Medical and sanitary report of the native army of Madras for the year
Year: 1878
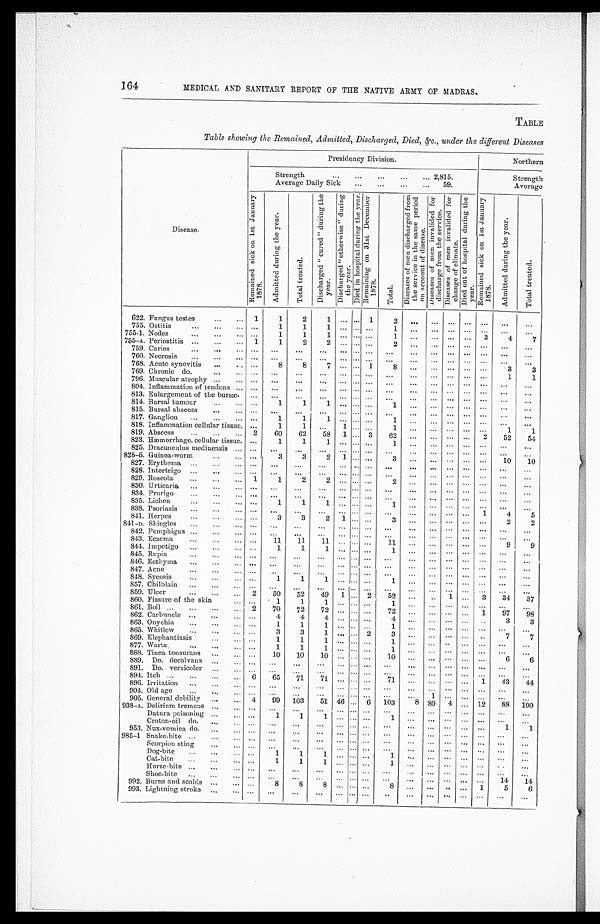
MEDICAL AND SANITARY REPORT OF THE NATIVE ARMY OF MADRAS.
TABLE
Table showing the Remained, Admitted, Discharged, Died, &c., under the different Diseases
Disease.
Presidency Division.
Northern
Strength . . .
2,815.
Strength
Average Daily Sick . . .
59.
Average
R e m a i n e d s i c k o n 1 s t J a n u a r y 1 8 7 8 .
A d m i t t e d d u r i n g t h e y e a r .
T o t a l t r e a t e d .
D i s c h a r g e d " c u r e d " d u r i n g t h e y e a r .
D i s c h a r g e d " o t h e r w i s e " d u r i n g t h e y e a r . D i e d i n h o s p i t a l d u r i n g t h e y e a r . R e m a i n i n g o n 3 1 s t D e c e m b e r 1 8 7 8 .
T o t a l .
D i s e a s e s o f m e n d i s c h a r g e d f r o m t h e s e r v i c e i n t h e s a m e p e r i o d o n a c c o u n t o f d i s e a s e .
D i s e a s e s o f m e n i n v a l i d e d f o r d i s c h a r g e f r o m t h e s e r v i c e .
D i s e a s e s o f m e n i n v a l i d e d f o r c h a n g e o f c l i m a t e .
D i e d o u t o f h o s p i t a l d u r i n g t h e y e a r .
R e m a i n i n g s i c k o n 1 s t J a n u a r y 1 8 7 8 .
A d m i t t e d d u r i n g t h e y e a r .
T o t a l t r e a t e d .
622. Fungus testes . . .
1
1
2
1
. . . . . . 1
2
. . . . . . . . .
. . .
. . .
. . .
. . .
755. Ostitis . . .
. . .
1
1
1
. . . . . .. . .
1
. . .
. . .
. . .
. . .
. . .
. . .
. . .
755-1. Nodes . . .
. . .
1
1 1
. . . . . .. . .
1
. . . . . .
. . .
. . . 3
4
7
755-A. Periostitis . . .
1
1
2
2
. . . . . .. . .
2
. . .
. . .
. . .
. . .
. . .
. . .
. . .
759. Caries . . .
. . .
. . .
. . .
. . .
. . . . . . . . .
. . .
. . .
. . .
. . .
. . .
. . .
. . .
. . .
760. Necrosis . . .
. . . . . .
. . .
. . .
. . . . . . . . .
. . .
. . . . . .
. . .
. . . . . .
. . .
. . .
768. Acute synovitis . . .
. . .
8
8
7
. . . . . . 1
8
. . . . . .
. . .
. . .
. . .
3
3
769. Chronic do. . . .
. . .
. . .
. . .
. . .
. . . . . . . . .
. . .
. . .
. . .
. . .
. . .
. . .
1
1
796. Muscular atrophy . . .
. . .
. . .
. . .
. . .
. . . . . . . . .
. . .
. . .
. . .
. . .
. . .
. . .
. . .
. . .
804. Inflammation of tendons . . .
. . .
. . .
. . .
. . .
. . .
. . .. . .
. . .
. . .
. . .
. . .
. . .
. . .
. . .
. . .
813. Enlargement of the bursæ.
. . .
. . .
. . .
. . .
. . . . . . . . .
. . .
. . .
. . .
. . .
. . .
. . .
. . .
. . .
814. Bursal tumour . . .
. . .
1
1
1
. . . . . .. . .
1
. . . . . .
. . .
. . .
. . .
. . .
. . .
815. Bursal abscess . . .
. . .
. . .
. . .
. . .
. . . . . . . . .
. . .
. . .
. . .
. . .
. . .
. . .
. . .
. . .
817. Ganglion . . .
. . .
1
1
1
. . . . . .. . .
1
. . . . . .
. . .
. . . . . .
. . .
. . .
818. Inflammation cellular tissue.
. . .
1
1 . . .
1 . . .. . .
1
. . .
. . .
. . .
. . .
. . .
1
1
819. Abscess . . .
2
60
62
58
1 . . . 3
62
. . .
. . .
. . .
. . .
2
52
54
823. Hæmorrhage, cellular tissue.
. . .
1
1
1
. . . . . .. . .
1
. . .
. . .
. . .
. . .
. . .
. . .
. . .
825. Dracunculus medinensis . . .
. . .
. . .
. . .
. . .
. . . . . . . . .
. . .
. . .
. . .
. . .
. . .
. . .
. . .
. . .
826-5. Guinea-worm . . .
. . .
3
3
2
1 . . .. . .
3
. . .
. . .
. . .
. . . . . .
10
10
827. Erythema . . .
. . .
. . .
. . .
. . .
. . . . . .. . .
. . .
. . . . . .
. . .
. . . . . .
. . .
. . .
828. Intertrigo . . .
. . .
. . .
. . .
. . .
. . . . . . . . .
. . .
. . .
. . .
. . .
. . . . . .
. . .
. . .
829. Roseola . . .
1
1
2
2
. . . . . .. . .
2
. . . . . .
. . .
. . .
. . .
. . .
. . .
830. Urticaria . . .
. . .
. . .
. . .
. . .
. . . . . . . . .
. . .
. . . . . .
. . .
. . . . . .
. . .
. . .
834. Prurigo . . .
. . .
. . .
. . .
. . .
. . . . . . . . .
. . .
. . .
. . .
. . .
. . .
. . .
. . .
. . .
835. Lichen . . .
. . .
1
1
1
. . . . . . . . .
1
. . . . . .
. . .
. . . . . .
. . .
. . .
838. Psoriasis . . .
. . .
. . .
. . .
. . .
. . . . . . . . .
. . .
. . .
. . .
. . .
. . .
1
4
5
841. Herpes . . .
. . .
3
3
2
1 . . . . . .
3
. . . . . .
. . .
. . .
. . .
2
2
841-D. Shingles . . .
. . .
. . .
. . .
. . .
. . . . . .. . .
. . .
. . . . . .
. . .
. . . . . .
. . .
. . .
842. Pemphigus . . .
. . .
. . .
. . .
. . .
. . . . . .. . .
. . .
. . .
. . .
. . .
. . .
. . .
. . .
. . .
843. Eczema . . .
. . .
11
11
11
. . . . . . . . .
11
. . .
. . .
. . .
. . .
. . .
9
9
844. Impetigo . . .
. . .
1
1
1
. . . . . .. . .
1
. . .
. . .
. . .
. . .
. . .
. . .
. . .
845. Rupia . . .
. . .
. . .
. . .
. . .
. . . . . . . . .
. . .
. . .
. . .
. . .
. . .
. . .
. . .
. . .
846. Ecthyma . . .
. . . . . .
. . .
. . .
. . . . . . . . .
. . .
. . .
. . .
. . .
. . .
. . .
. . .
. . .
847. Acne . . .
. . .
. . .
. . .
. . .
. . . . . . . . .
. . .
. . .
. . .
. . .
. . .
. . .
. . .
. . .
848. Sycosis . . .
. . .
1
1
1
. . . . . . . . .
1
. . . . . .
. . .
. . . . . .
. . .
. . .
857. Chilblain . . .
. . .
. . .
. . .
. . .
. . . . . .. . .
. . .
. . .
. . .
. . .
. . .
. . .
. . .
. . .
859. Ulcer . . .
2
50
52
49
1 . . . 2
52
. . .
. . . 1
. . . 3
3 4
37
860. Fissure of the skin . . .
. . .
1
1
1
. . . . . . . . .
1
. . . . . .
. . .
. . .
. . .
. . .
. . .
861. Boil . . .
2
70
72 72
. . . . . . . . .
72
. . .
. . .
. . .
. . .
1
97
98
862. Carbuncle . . .
. . .
4
4 4
. . . . . . . . .
4
. . .
. . .
. . .
. . . . . .
3
3
863. Onychia . . .
. . .
1
1 1
. . . . . .. . .
1
. . . . . .
. . .
. . .
. . .
. . .
. . .
865. Whitlow . . .
. . .
3
3
1
. . . . . . 2
3
. . .
. . .
. . .
. . . . . .
7
7
869. Elephantiasis . . .
. . .
1
1 1
. . . . . .. . .
1
. . . . . .
. . .
. . . . . .
. . .
. . .
877. Warts . . .
. . .
1
1
1
. . . . . . . . .
1
. . .
. . .
. . .
. . .
. . .
. . .
. . .
888. Tinea tonsurans . . .
. . .
10
10
10
. . . . . . . . .
10
. . . . . .
. . .
. . . . . .
6
6
889. Do. decalvans . . .
. . .
. . .
. . .
. . .
. . . . . . . . .
. . .
. . .
. . .
. . .
. . . . . .
. . .
. . .
891. Do. versicolor . . .
. . .
. . .
. . .
. . .
. . . . . . . . .
. . .
. . . . . .
. . .
. . .
. . .
. . .
. . .
894. Itch . . .
6
65
71
71
. . . . . . . . .
71
. . .
. . .
. . .
. . .
1
4 3
4 4
896. Irritation . . .
. . .
. . .
. . .
. . .
. . . . . . . . .
. . .
. . . . . .
. . .
. . .
. . .
. . .
. . .
904. Old age . . .
. . .
. . .
. . .
. . .
. . . . . . . . .
. . .
. . . . . .
. . .
. . .
. . .
. . .
. . .
905. General debility . . .
4
99
103
51 46 . . . 6
103
8 80
4
. . . 12
88
1 0 0
938-A. Delirium tremens . . .
. . .
. . .
. . .
. . .
. . .
. . .. . .
. . .
. . .
. . . . . .
. . . . . .
. . .
. . .
Datura poisoning . . .
. . .
1
1
1
. . . . . . . . .
1
. . .
. . .
. . .
. . .
. . .
. . .
. . .
Croton-oil do. . . .
. . .
. . .
. . .
. . .
. . . . . . . . .
. . .
. . .
. . .
. . .
. . .
. . .
. . .
. . .
953. Nux-vomica do. . . .
. . .
. . .
. . .
. . .
. . . . . . . . .
. . .
. . .
. . .
. . .
. . .
. . .
. . .
. . .
985-1 Snake-bite . . .
. . .
. . .
. . .
. . .
. . . . . . . . .
. . .
. . .
. . .
. . .
. . .
. . .
. . .
. . .
Scorpion sting . . .
. . .
. . .
. . .
. . . . . . . . . . . .
. . .
. . .
. . .
. . .
. . .
. . .
. . .
. . .
Dog-bite . . .
. . .
1
1
1
. . . . . . . . .
1
. . .
. . .
. . .
. . .
. . .
. . .
. . .
Cat-bite . . .
. . .
1
1
1
. . . . . .. . .
1
. . .
. . .
. . .
. . .
. . .
. . .
. . .
Horse-bite . . .
. . .
. . .
. . .
. . .
. . . . . . . . .
. . .
. . . . . .
. . .
. . . . . .
. . .
. . .
Shoe-bite . . .
. . .
. . .
. . .
. . .
. . . . . . . . .
. . .
. . .
. . .
. . .
. . .
. . .
1 4
1 4
992. Burns and scalds . . .
. . .
8
8
8
. . . . . .. . .
8
. . .
. . . . . .
. . .
1
5
6
993. Lightning stroke . . .
. . .
. . .
. . .
. . .
. . . . . . . . .
. . .
. . .
. . . . . .
. . .
. . .
. . .
. . .